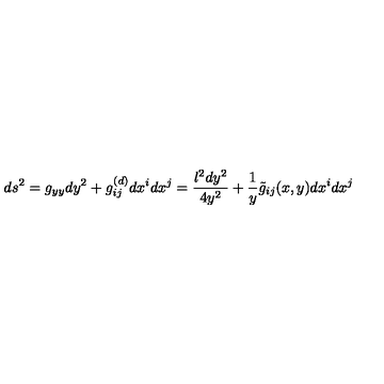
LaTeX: d s ^ { 2 } = g _ { y y } d y ^ { 2 } + g _ { i j } ^ { ( d ) } d x ^ { i } d x ^ { j } = { \frac { l ^ { 2 } d y ^ { 2 } } { 4 y ^ { 2 } } } + { \frac { 1 } { y } } \tilde { g } _ { i j } ( x , y ) d x ^ { i } d x ^ { j } \,